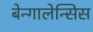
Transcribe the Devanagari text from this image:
बेन्गालेन्सिस